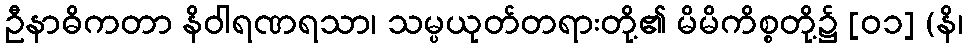
ဦနာဓိကတာ နိဝါရဏရသာ၊ သမ္ပယုတ်တရားတို့၏ မိမိကိစ္စတို့၌ [၀၁] (နိ၊